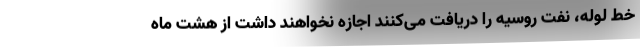
خط لوله، نفت روسیه را دریافت می‌کنند اجازه نخواهند داشت از هشت ماه